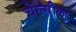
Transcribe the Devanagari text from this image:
चेल्सीला